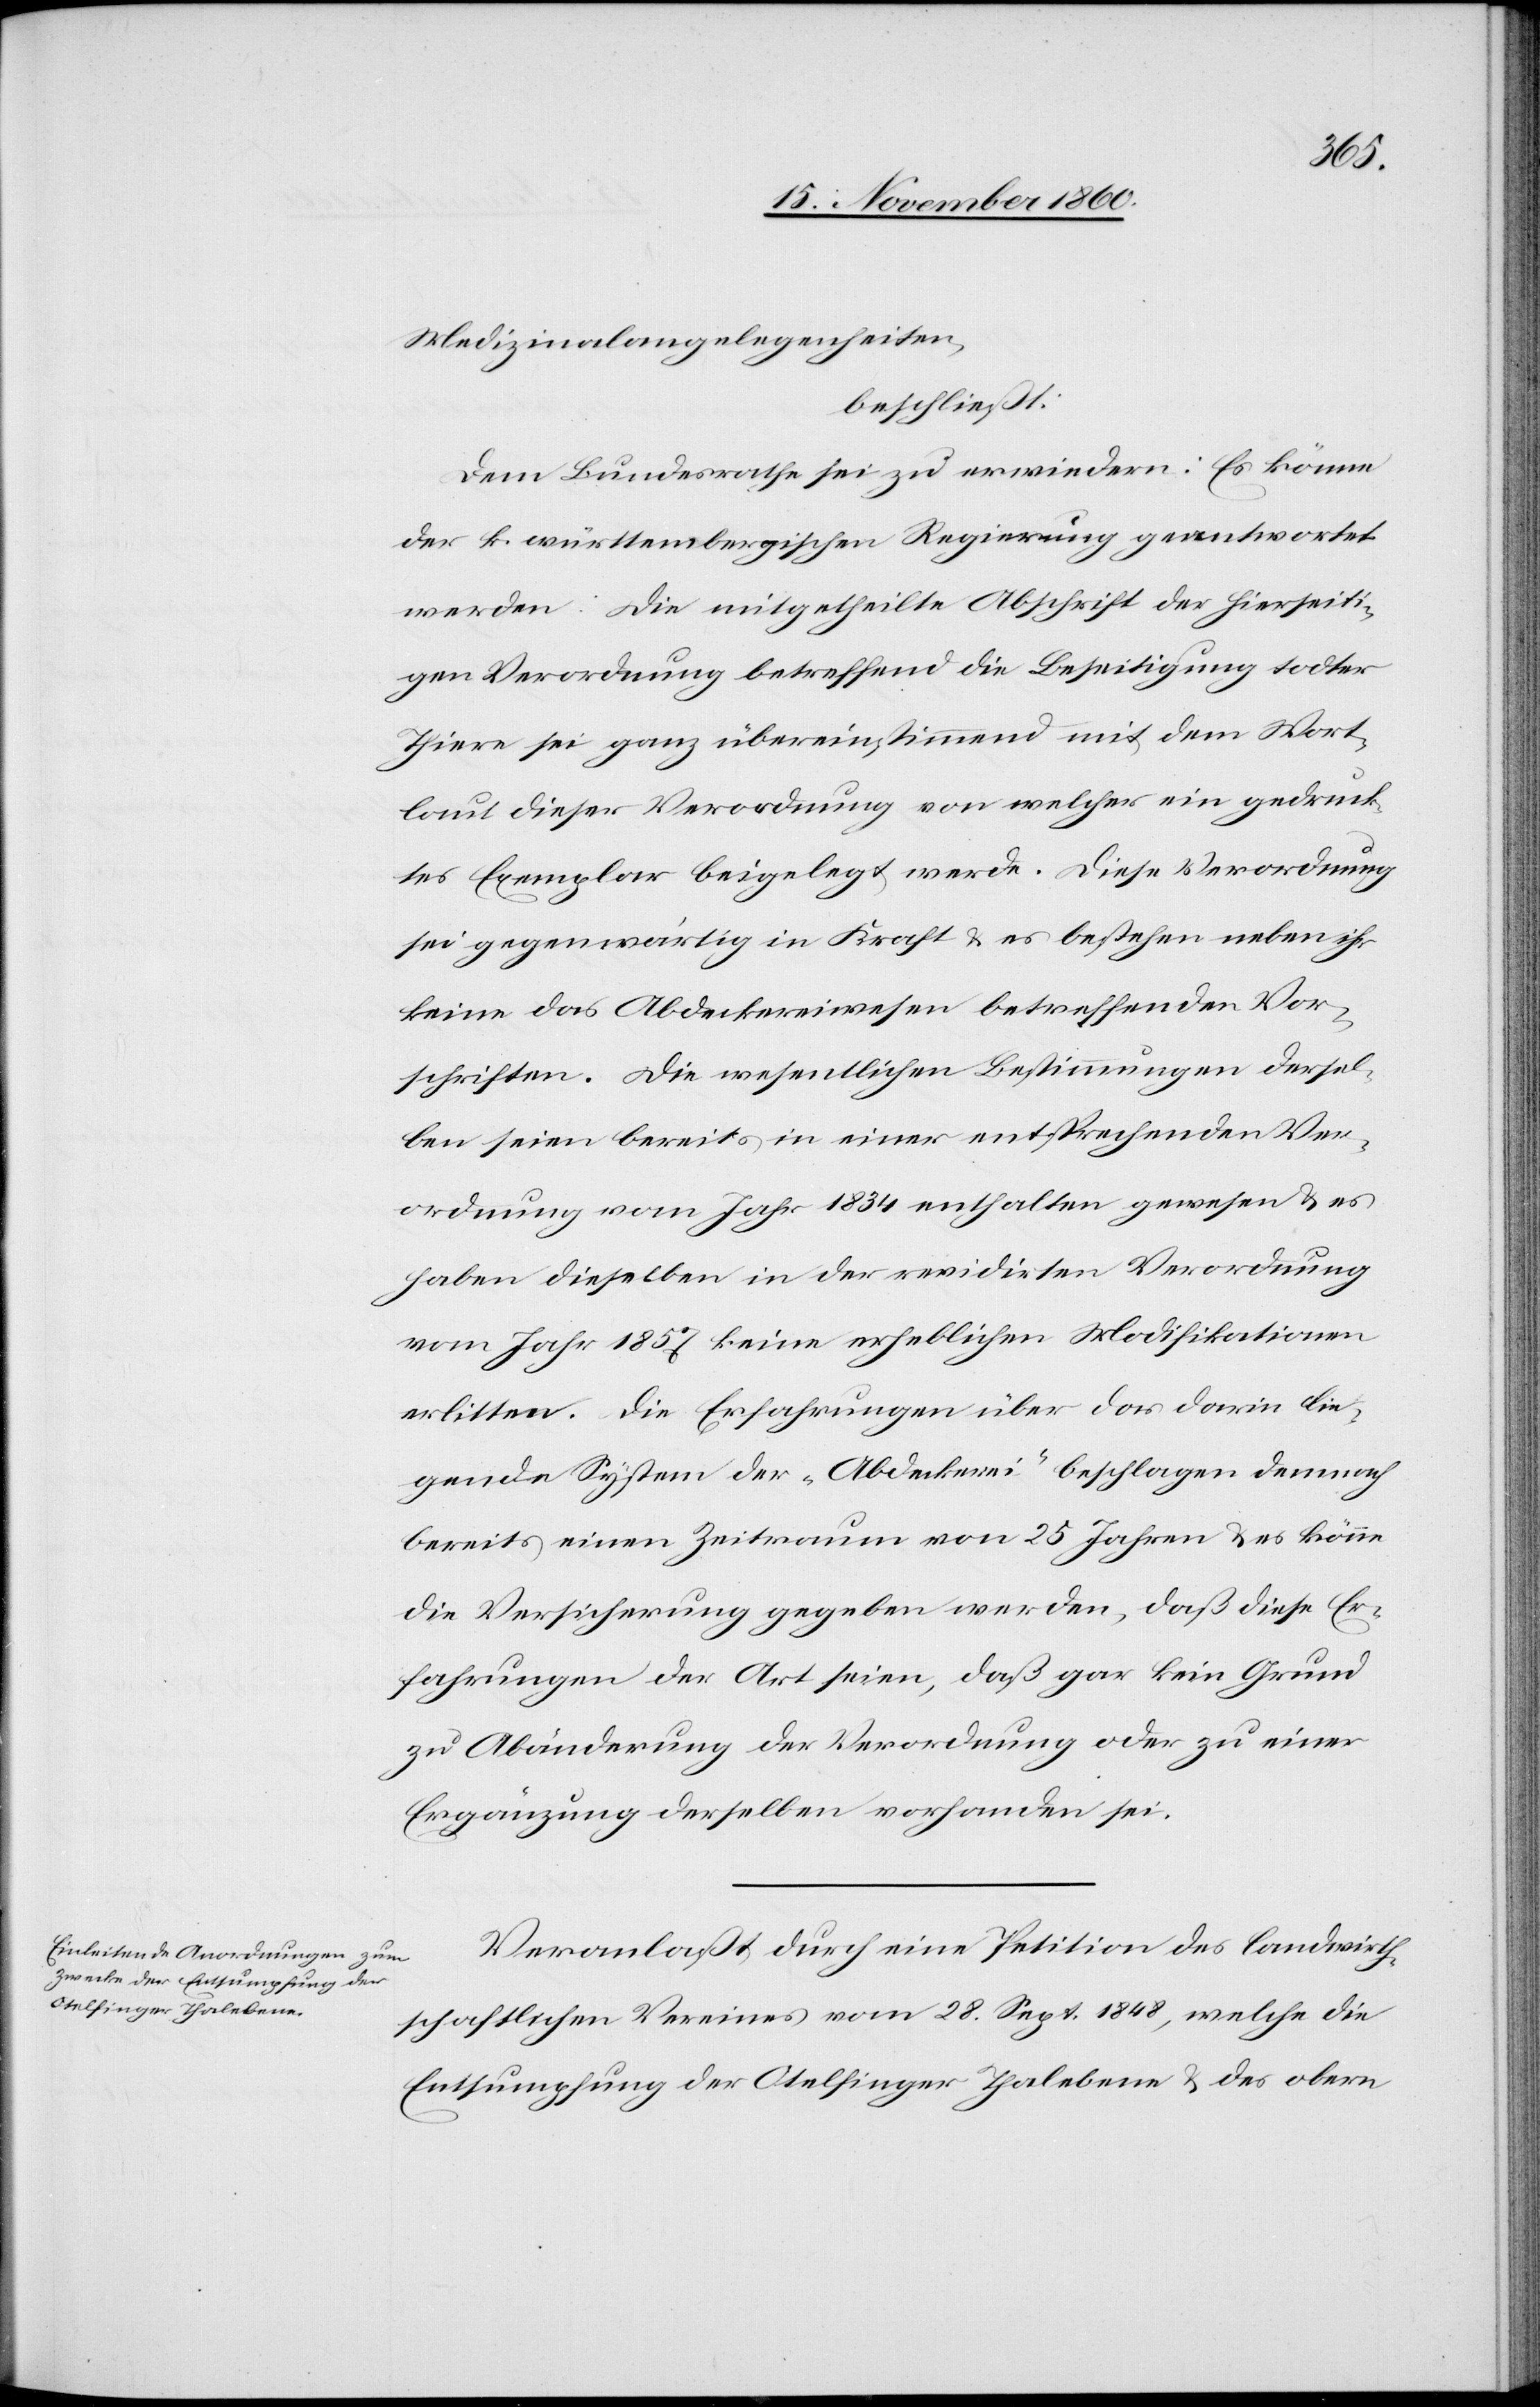
Medizinalangelegenheiten,
beschließt:
Dem Bundesrathe sei zu erwiedern: Es könne
der k. württembergischen Regierung geantwortet
werden: Die mitgetheilte Abschrift der hierseiti¬
gen Verordnung betreffend die Beseitigung todter
Thiere sei ganz übereinstimmend mit dem Wort¬
laut dieser Verordnung von welcher ein gedruck¬
tes Exemplar beygelegt werde. Diese Verordnung
sei gegenwärtig in Kraft u. es bestehen neben ihr
keine das Abdeckereiwesen betreffenden Vor¬
schriften. Die wesentlichen Bestimmungen dersel¬
ben seien bereits in einer entsprechenden Ver¬
ordnung vom Jahr 1834 enthalten gewesen u. es
haben dieselben in der revidirten Verordnung
vom Jahr 1857 keine erheblichen Modifikationen
erlitten. Die Erfahrungen über das darin lie¬
gende System der „Abdeckerei“ beschlagen dennoch
bereits einen Zeitraum von 25 Jahren u. es könne
die Versicherung gegeben werden, daß diese Er¬
fahrungen der Art seien, daß gar kein Grund
zu Abänderung der Verordnung oder zu einer
Ergänzung derselben vorhanden sei.
Veranlaßt durch eine Petition des landwirth¬
schaftlichen Vereines vom 28. Sept. 1848, welche die
Entsumpfung der Otelfinger Thalebene u. des obern